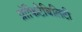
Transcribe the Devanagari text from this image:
प्रॉफिटैबिलिटी